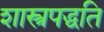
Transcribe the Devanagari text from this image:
शास्त्रपद्धति